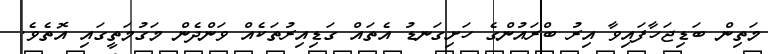
މަތިން ބަޑިޖަހާފައިވާ އިރު ބްރައުންގެ ހަށިގަނޑު އެތައް ގަޑިއިރުތަކެއް ވަންދެން މަގުމަތީގައި އޮތެވެ.